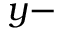
y -